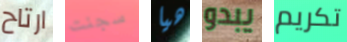
ارتاح سجنت هيا يبدو تكريم